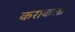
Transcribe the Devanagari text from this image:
कराकला